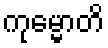
ကုမ္မောတိ